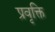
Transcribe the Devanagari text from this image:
प्रवृक्ति